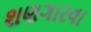
શણગારવા